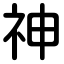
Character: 神